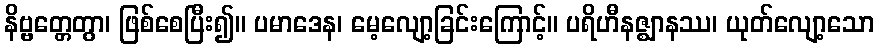
နိဗ္ဗတ္တေတွာ၊ ဖြစ်စေပြီး၍။ ပမာဒေန၊ မေ့လျော့ခြင်းကြောင့်။ ပရိဟီနဇ္ဈာနဿ၊ ယုတ်လျော့သော